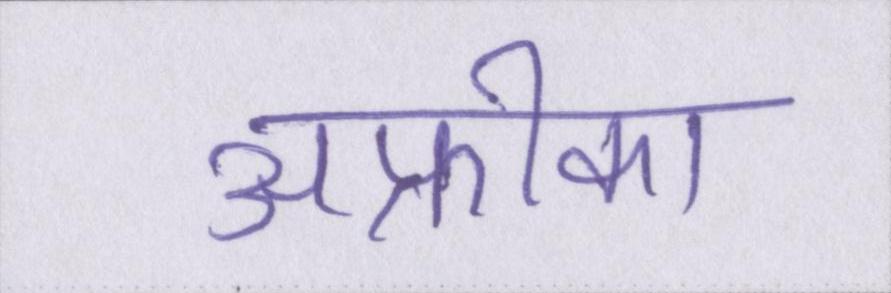
अफ्रीका